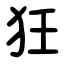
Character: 狂